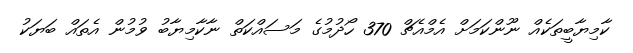
ކާމިޔާބީތަކެއް ނޫންކަމަށް އެމްއެޗް 370 ހޯދުމުގެ މަސައްކަތް ނާކާމިޔާބު ވުމުން އެތައް ބަޔަކު